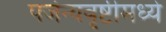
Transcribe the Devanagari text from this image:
पर्जन्यवृष्टीमध्ये